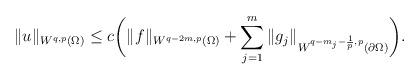
LaTeX: \begin{align*}\|u\|_{W^{q,p}(\Omega)}\leq c\bigg(\|f\|_{W^{q-2m,p}(\Omega)}+\sum_{j=1}^{m}\|g_{j}\|_{W^{q-m_{j}-\frac{1}{p},p}(\partial\Omega)}\bigg).\end{align*}